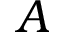
A